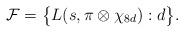
LaTeX: \begin{align*} \mathcal F = \big\{ L(s, \pi \otimes \chi_{8d}) : d \big\}.\end{align*}